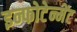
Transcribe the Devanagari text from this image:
इन्फोटेन्मेंट